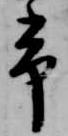
常